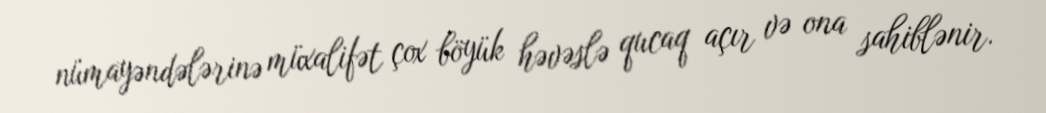
nümayəndələrinə müxalifət çox böyük həvəslə qucaq açır və ona sahiblənir.